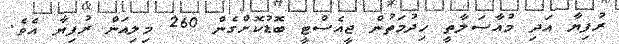
ރުފިޔާ އަދި މުއާސަލާތީ ހިދުމަތުން ޖީއެސްޓީ ބޮޑުކޮށްގެން 260 މިލިއަން ރުފިޔާ އެވެ.